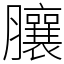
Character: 䑋